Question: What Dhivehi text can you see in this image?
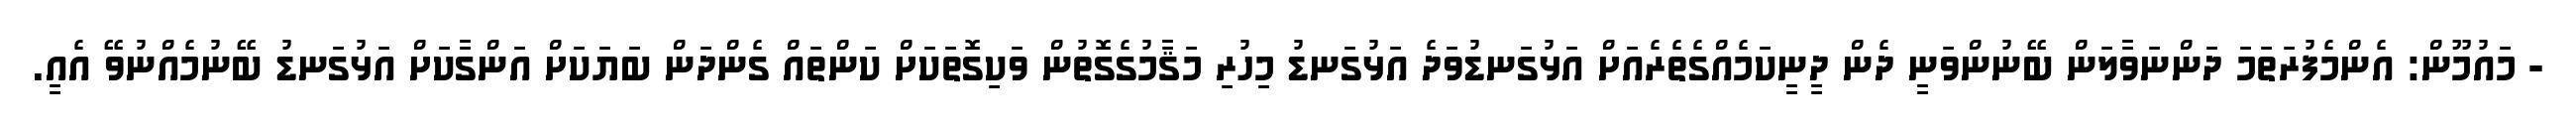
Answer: - މައުމޫން: އެންމެފުރަތަމަ ދަންނަވާލަން ބޭނުންވަނީ ދެން ދީނީކަމެއްގެތެރެއަށް އަޅުގަނޑުވަދެ އަޅުގަނޑު މިހުރި މަޤާމުގެގޮތުން ވަކިގޮތަކަށް ކަންތައް ގެންދަން ބަޔަކަށް އަންގާކަށް އަޅުގަނޑު ބޭނުމެއްނުވޭ އެއީ.